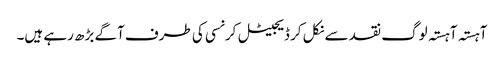
آہستہ آہستہ لوگ نقد سے نکل کر ڈیجیٹل کرنسی کی طرف آگے بڑھ رہے ہیں۔